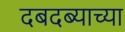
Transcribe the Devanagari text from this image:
दबदब्याच्या